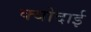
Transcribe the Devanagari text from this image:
क्योदाई